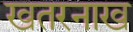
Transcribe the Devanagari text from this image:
खतरनाख